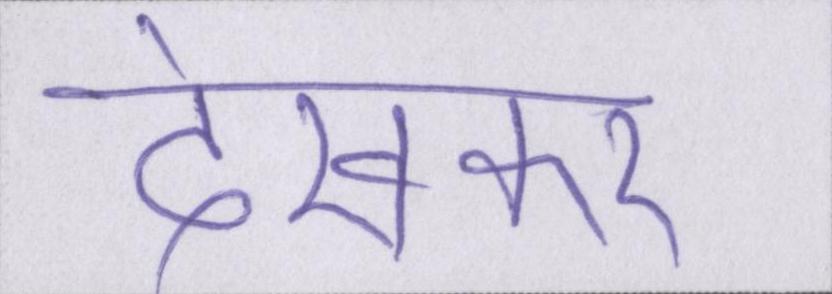
देखकर